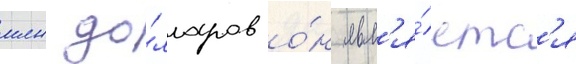
млн до́лларов о́н явл'я́етс'я